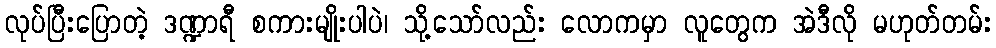
လုပ်ပြီးပြောတဲ့ ဒဏ္ဍာရီ စကားမျိုးပါပဲ၊ သို့သော်လည်း လောကမှာ လူတွေက အဲဒီလို မဟုတ်တမ်း